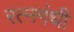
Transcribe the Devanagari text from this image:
रत्नगंधी